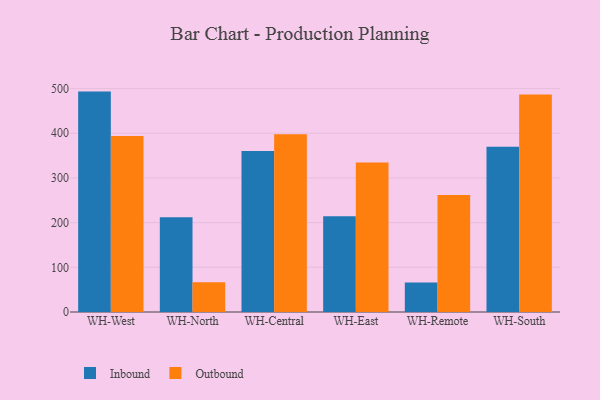
{"axis": {"x": "Warehouse", "y": "Bounce Rate (%)"}, "legend": ["Inbound", "Outbound"], "data": [{"x": "WH-West", "y": 493.2, "type": "Inbound"}, {"x": "WH-West", "y": 393.9, "type": "Outbound"}, {"x": "WH-North", "y": 212.3, "type": "Inbound"}, {"x": "WH-North", "y": 66.8, "type": "Outbound"}, {"x": "WH-Central", "y": 360.1, "type": "Inbound"}, {"x": "WH-Central", "y": 397.6, "type": "Outbound"}, {"x": "WH-East", "y": 214.0, "type": "Inbound"}, {"x": "WH-East", "y": 334.6, "type": "Outbound"}, {"x": "WH-Remote", "y": 65.9, "type": "Inbound"}, {"x": "WH-Remote", "y": 261.8, "type": "Outbound"}, {"x": "WH-South", "y": 369.6, "type": "Inbound"}, {"x": "WH-South", "y": 486.6, "type": "Outbound"}]}